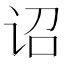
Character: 诏